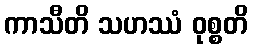
ကာသီတိ သဟဿံ ဝုစ္စတိ